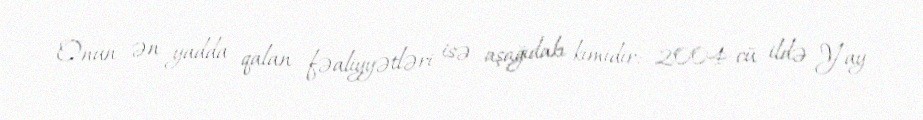
Onun ən yadda qalan fəaliyyətləri isə aşağıdakı kimidir: 2004-cü ildə Yay